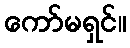
ကော်မရှင်။